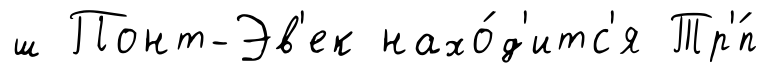
ш Понт-Эв'ек нахо́д'итс'я Тр'́п